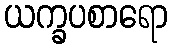
ယက္ခပစာရော